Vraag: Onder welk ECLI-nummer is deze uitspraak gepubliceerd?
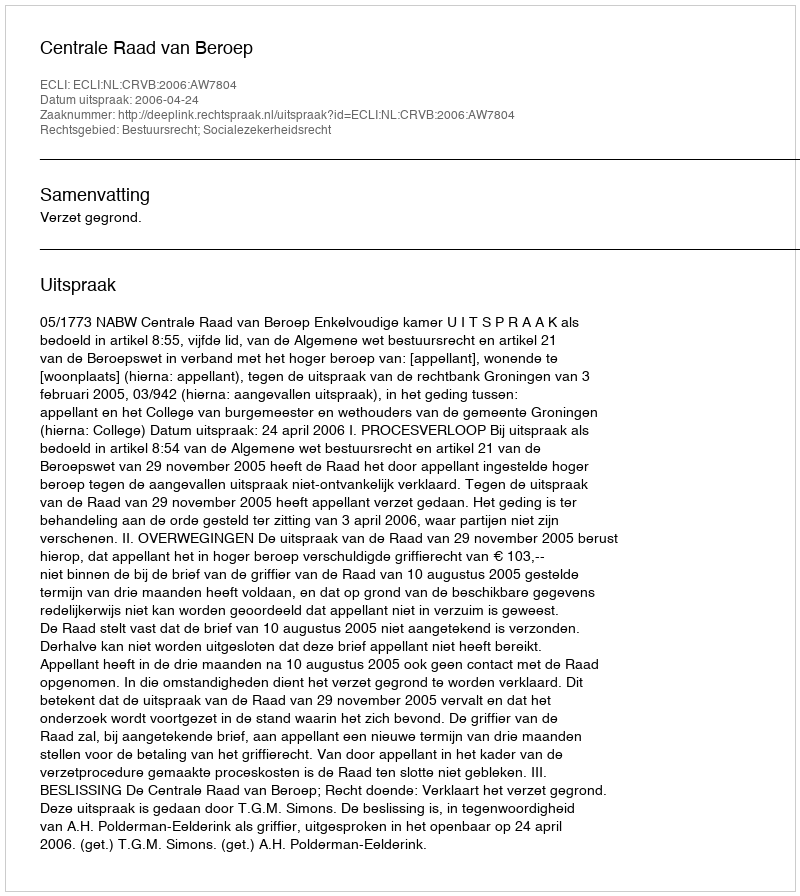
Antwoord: ECLI:NL:CRVB:2006:AW7804